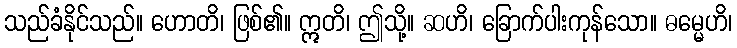
သည်ခံနိုင်သည်။ ဟောတိ၊ ဖြစ်၏။ ဣတိ၊ ဤသို့။ ဆဟိ၊ ခြောက်ပါးကုန်သော။ ဓမ္မေဟိ၊